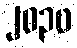
၂၀၃၀